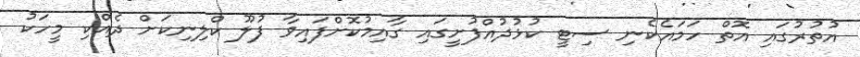
އުތުރުގައި އޮތް ހަމައެކެނި ސިޓީ ކުޅުދުއްފުށީގައި ގާއިމުކޮށްފައިވާ ފުލޫ ކްލިނިކަށް ދެއްކި މީހަކު